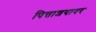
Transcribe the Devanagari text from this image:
पित्ताशयावर